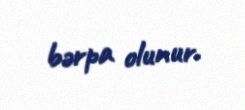
bərpa olunur.